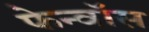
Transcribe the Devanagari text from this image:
फेन्‍वॉस